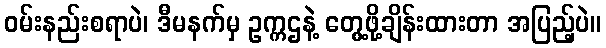
ဝမ်းနည်းစရာပဲ၊ ဒီမနက်မှ ဥက္ကဌနဲ့ တွေ့ဖို့ချိန်းထားတာ အပြည့်ပဲ။